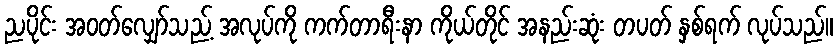
ညပိုင်း အဝတ်လျှော်သည့် အလုပ်ကို ကက်တာရီးနာ ကိုယ်တိုင် အနည်းဆုံး တပတ် နှစ်ရက် လုပ်သည်။